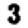
Digit: 3